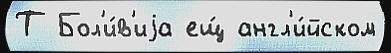
Т Бол'и́в'иjа ещ́ англ'и́йском